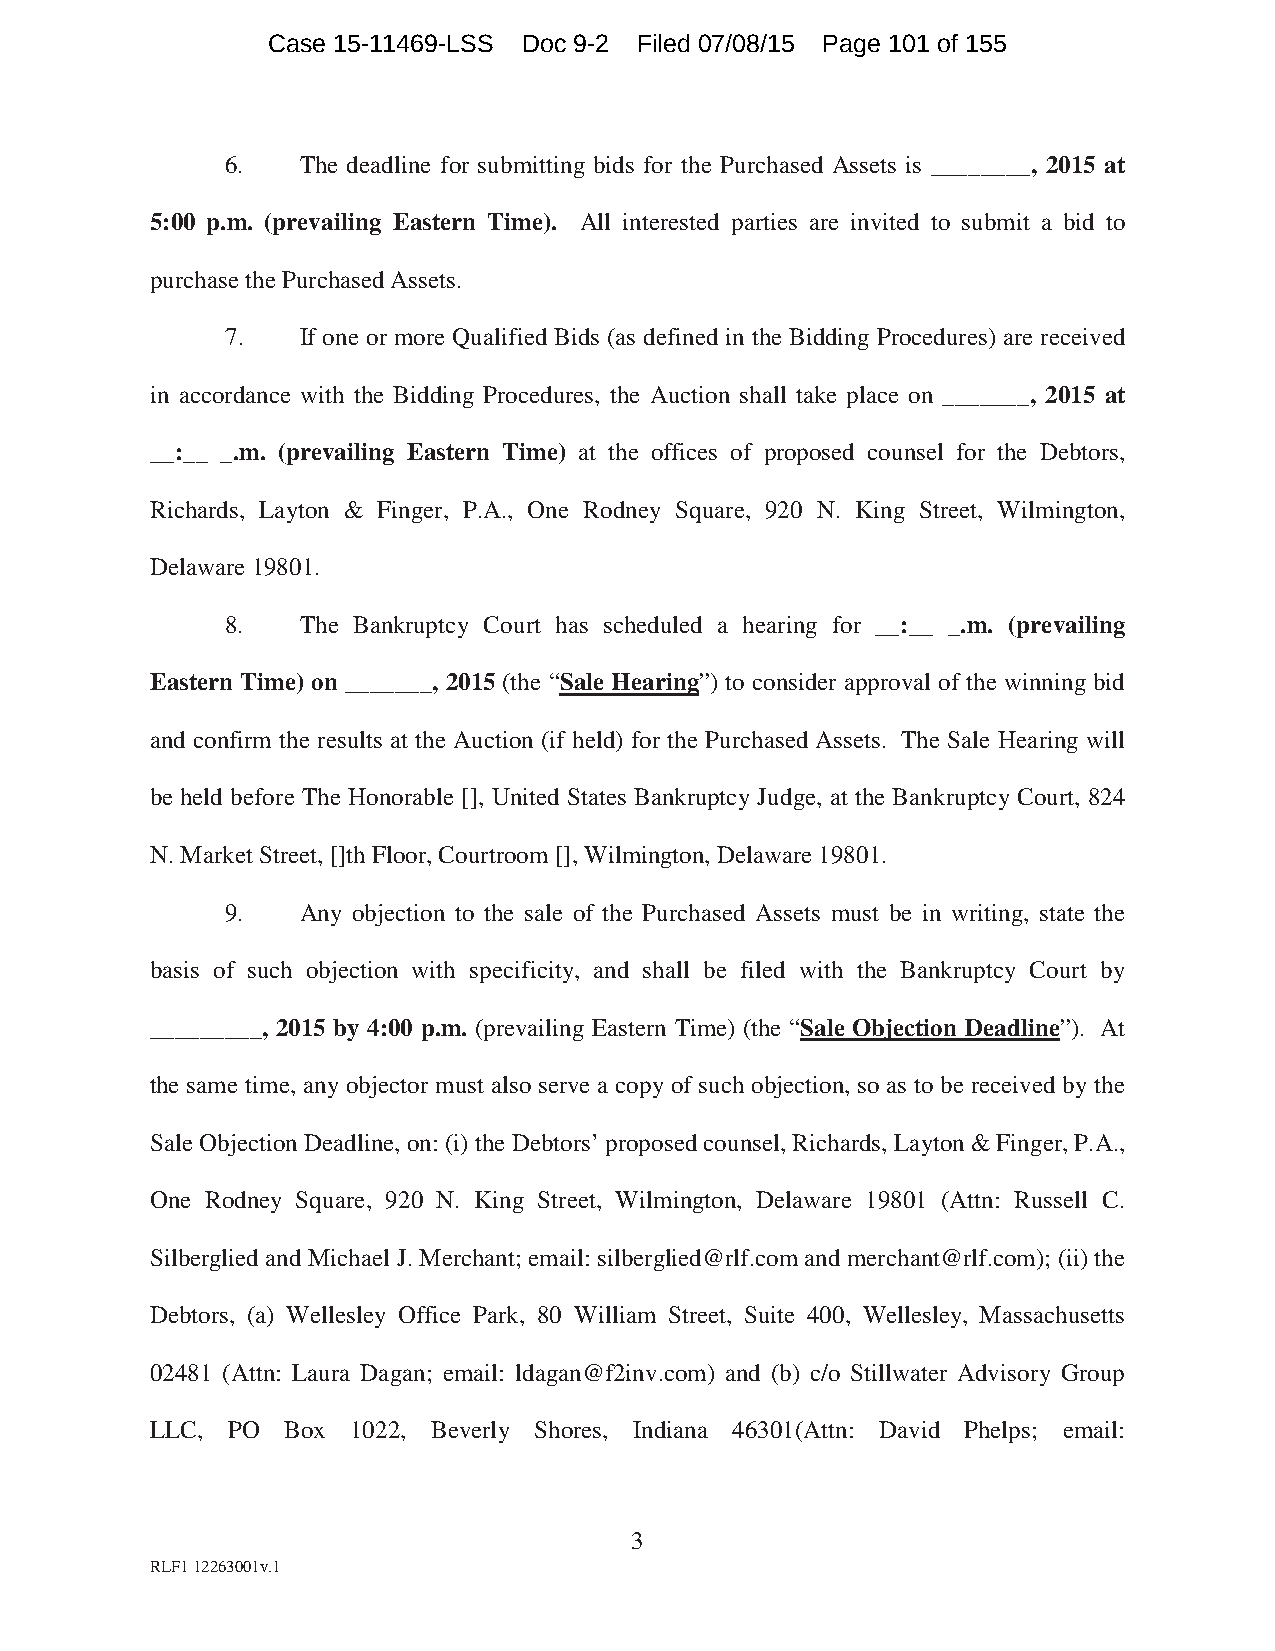
Case 15-11469-LSS Doc 9-2 Filed 07/08/15 Page 101 of 155
 6.   The deadline for submitting bids for the Purchased Assets is ________, 2015 at
 5:00 p.m. (prevailing Eastern Time). All interested parties are invited to submit a bid to
 purchase the Purchased Assets.
 7.   If one or more Qualified Bids (as defined in the Bidding Procedures) are received
 in accordance with the Bidding Procedures, the Auction shall take place on _______, 2015 at
 __:__ _.m. (prevailing Eastern Time) at the offices of proposed counsel for the Debtors,
 Richards, Layton & Finger, P.A., One Rodney Square, 920 N. King Street, Wilmington,
 Delaware 19801.
 8.   The Bankruptcy Court has scheduled a hearing for __:__ _.m. (prevailing
 Eastern Time) on _______, 2015 (the “Sale Hearing”) to consider approval of the winning bid
 and confirm the results at the Auction (if held) for the Purchased Assets. The Sale Hearing will
 be held before The Honorable [], United States Bankruptcy Judge, at the Bankruptcy Court, 824
 N. Market Street, []th Floor, Courtroom [], Wilmington, Delaware 19801.
 9.   Any objection to the sale of the Purchased Assets must be in writing, state the
 basis of such objection with specificity, and shall be filed with the Bankruptcy Court by
 _________, 2015 by 4:00 p.m. (prevailing Eastern Time) (the “Sale Objection Deadline”). At
 the same time, any objector must also serve a copy of such objection, so as to be received by the
 Sale Objection Deadline, on: (i) the Debtors’ proposed counsel, Richards, Layton & Finger, P.A.,
 One Rodney Square, 920 N. King Street, Wilmington, Delaware 19801 (Attn: Russell C.
 Silberglied and Michael J. Merchant; email: silberglied@rlf.com and merchant@rlf.com); (ii) the
 Debtors, (a) Wellesley Office Park, 80 William Street, Suite 400, Wellesley, Massachusetts
 02481 (Attn: Laura Dagan; email: ldagan@f2inv.com) and (b) c/o Stillwater Advisory Group
 LLC, PO  Box 1022, Beverly Shores, Indiana 46301(Attn: David Phelps; email:
 3
 RLF1 12263001v.1